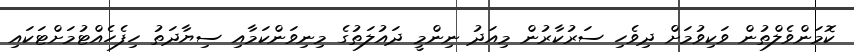
ކޮމަންވެލްތުން ވަކިވުމަށް ދިވެހި ސަރުކާރުން މިއަދު ނިންމީ ދައުލަތުގެ މިނިވަންކަމާއި ސިޔާދަތު ހިފެހެއްޓުމަށްޓަކައި